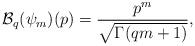
\begin{align*}\mathcal{B}_q(\psi_m)(p)=\displaystyle \frac{p^m}{\sqrt{\Gamma(q m+1)}},\end{align*}